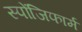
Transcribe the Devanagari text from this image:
स्पोंजिफार्म